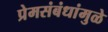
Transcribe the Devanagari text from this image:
प्रेमसंबंधांमुळे